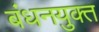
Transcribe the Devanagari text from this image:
बंधनयुक्त